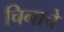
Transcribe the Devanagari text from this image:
चिनाचे